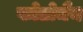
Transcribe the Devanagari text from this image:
फोटोमैन